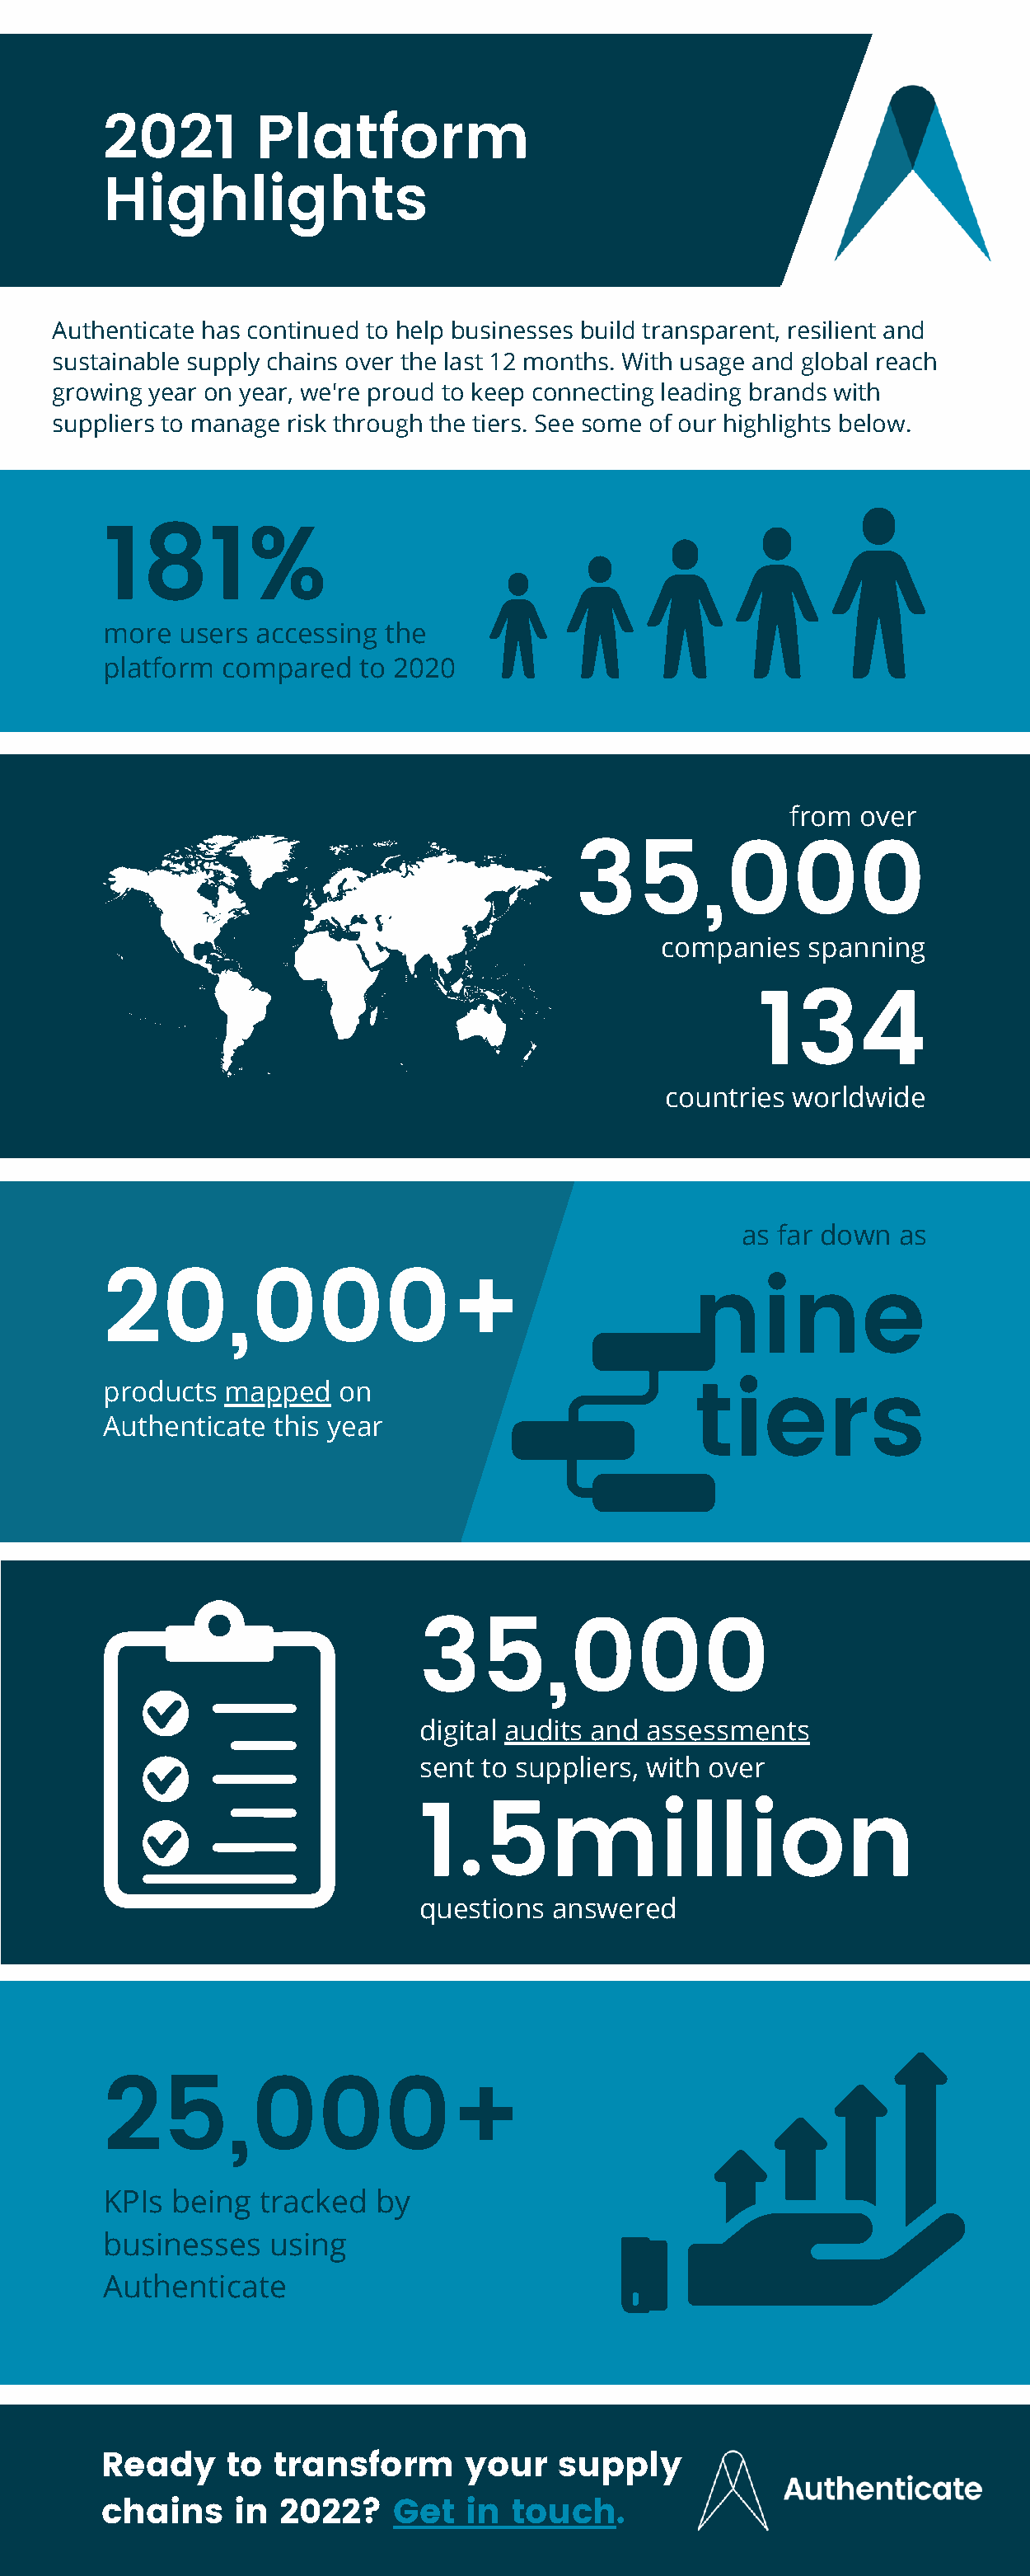
2021         Platform
 Highlights
 Authenticate has continued to help businesses build transparent, resilient and
 sustainable supply chains over the last 12 months. With usage and global reach
 growing year on year, we're proud to keep connecting leading brands with
 suppliers to manage risk through the tiers. See some of our highlights below.
 181%
 more  users  accessing the
 platform  compared   to 2020
 from  over
 35,000
 companies   spanning
 134
 countries  worldwide
 as far down as
 20,000+
 nine
 products  mapped   on
 tiers
 Authenticate  this year
 35,000
 digital audits and assessments
 sent to suppliers, with over
 1.5million
 questions answered
 25,000+
 KPIs  being  tracked  by
 businesses    using
 Authenticate
 Ready     to  transform      your    supply
 chains     in 2022?     Get  in  touch.